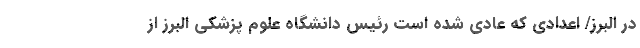
در البرز/ اعدادی که عادی شده است رئیس دانشگاه علوم پزشکی البرز از